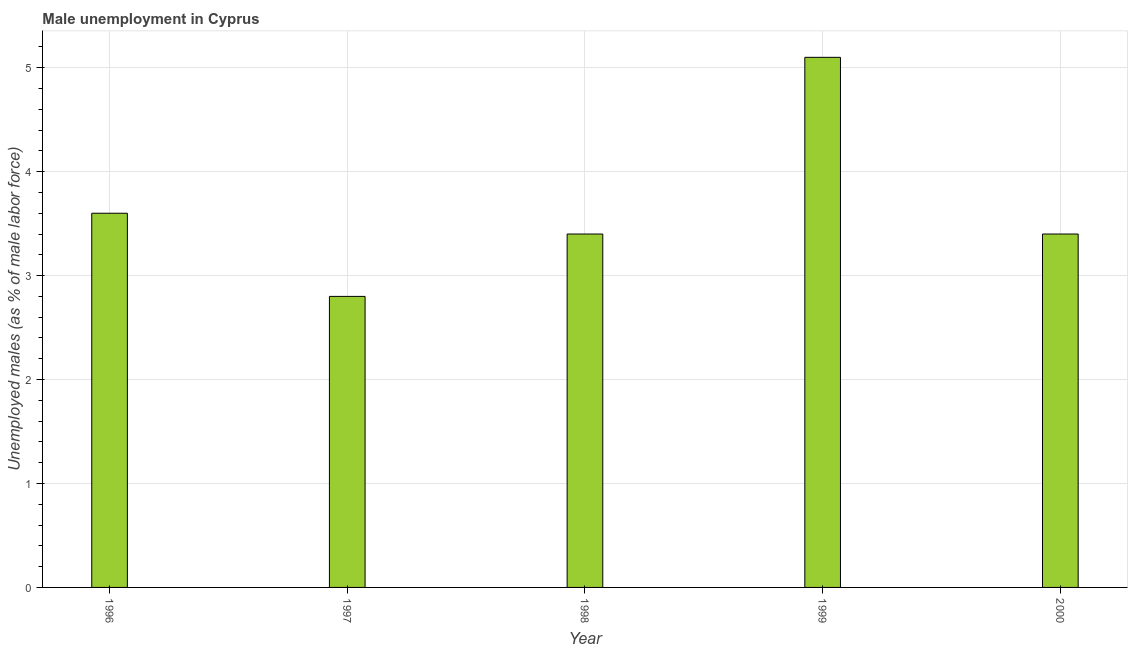
| Year | Unemployment |
 | --- | --- |
 | 1996 | 3.6 |
 | 1997 | 2.8 |
 | 1998 | 3.4 |
 | 1999 | 5.1 |
 | 2000 | 3.4 |